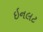
ઇનલટ